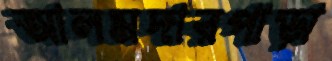
আলমদারপাড়া